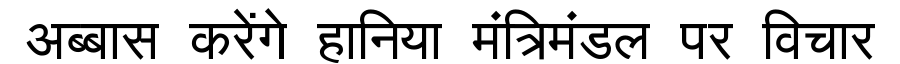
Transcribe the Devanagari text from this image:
अब्बास करेंगे हानिया मंत्रिमंडल पर विचार